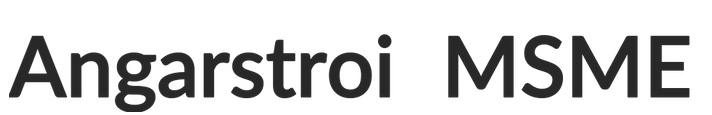
Angarstroi MSME